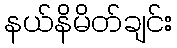
နယ်နိမိတ်ချင်း